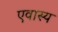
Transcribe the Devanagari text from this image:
एवास्य